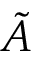
\tilde { A }